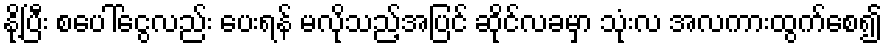
နို့ပြီး စပေါ်ငွေလည်း ပေးရန် မလိုသည့်အပြင် ဆိုင်လခမှာ သုံးလ အလကားထွက်စေ၍